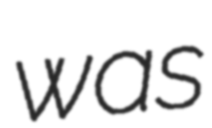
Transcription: was